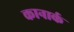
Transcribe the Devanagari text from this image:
कानार्क